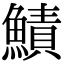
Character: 鰿